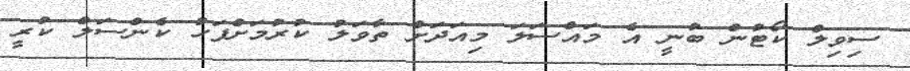
ސިވިލް ކޯޓުން ބުނީ އެ މައްސަލަ މިއަދަށް ތާވަލު ކުރުމަށްފަހު ކެންސަލް ކުރީ